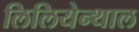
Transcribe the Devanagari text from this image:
लिलियेन्थाल